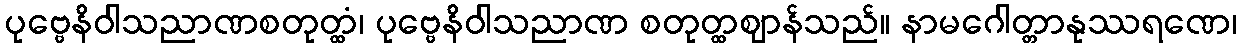
ပုဗ္ဗေနိဝါသညာဏစတုတ္ထံ၊ ပုဗ္ဗေနိဝါသညာဏ စတုတ္ထဈာန်သည်။ နာမဂေါတ္တာနုဿရဏေ၊